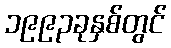
၁၉၉၃ခုနှစ်တွင်